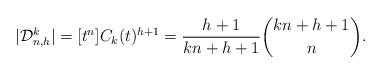
LaTeX: \begin{align*}\vert \mathcal{D}_{n,h}^k \vert = [t^n] C_k(t)^{h+1} = \frac{h+1}{kn+h+1} \binom{kn+h+1}{n}.\end{align*}